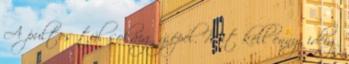
A pultos túl sokáig gépel. Mit kell ennyi ideig